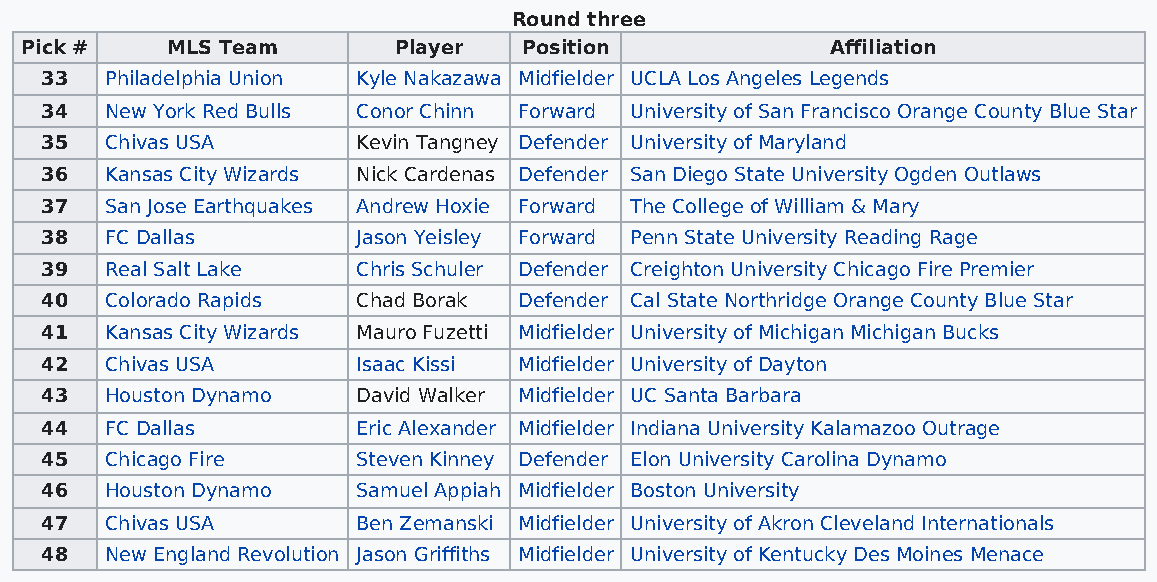
Round three
 Pick #    MLS Team       Player   Position            Affiliation
 33  Philadelphia Union Kyle Nakazawa Midfielder UCLA Los Angeles Legends
 34  New York Red Bulls Conor Chinn Forward University of San Francisco Orange County Blue Star
 35  Chivas USA       Kevin Tangney Defender University of Maryland
 36  Kansas City Wizards Nick Cardenas Defender San Diego State University Ogden Outlaws
 37  San Jose Earthquakes Andrew Hoxie Forward The College of William & Mary
 38  FC Dallas        Jason Yeisley Forward Penn State University Reading Rage
 39  Real Salt Lake   Chris Schuler Defender Creighton University Chicago Fire Premier
 40  Colorado Rapids  Chad Borak Defender Cal State Northridge Orange County Blue Star
 41  Kansas City Wizards Mauro Fuzetti Midfielder University of Michigan Michigan Bucks
 42  Chivas USA       Isaac Kissi Midfielder University of Dayton
 43  Houston Dynamo   David Walker Midfielder UC Santa Barbara
 44  FC Dallas        Eric Alexander Midfielder Indiana University Kalamazoo Outrage
 45  Chicago Fire     Steven Kinney Defender Elon University Carolina Dynamo
 46  Houston Dynamo   Samuel Appiah Midfielder Boston University
 47  Chivas USA       Ben Zemanski Midfielder University of Akron Cleveland Internationals
 48  New England Revolution Jason Griffiths Midfielder University of Kentucky Des Moines Menace